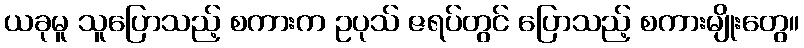
ယခုမူ သူပြောသည့် စကားက ဥပုသ် ဇရပ်တွင် ပြောသည့် စကားမျိုးတွေ။